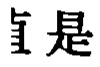
直是